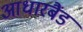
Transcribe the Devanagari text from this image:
आधारबैंड